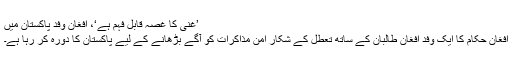
’غنی کا غصہ قابلِ فہم ہے‘، افغان وفد پاکستان میں
افغان حکام کا ایک وفد افغان طالبان کے ساتھ تعطل کے شکار امن مذاکرات کو آگے بڑھانے کے لیے پاکستان کا دورہ کر رہا ہے۔